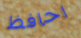
احافظ